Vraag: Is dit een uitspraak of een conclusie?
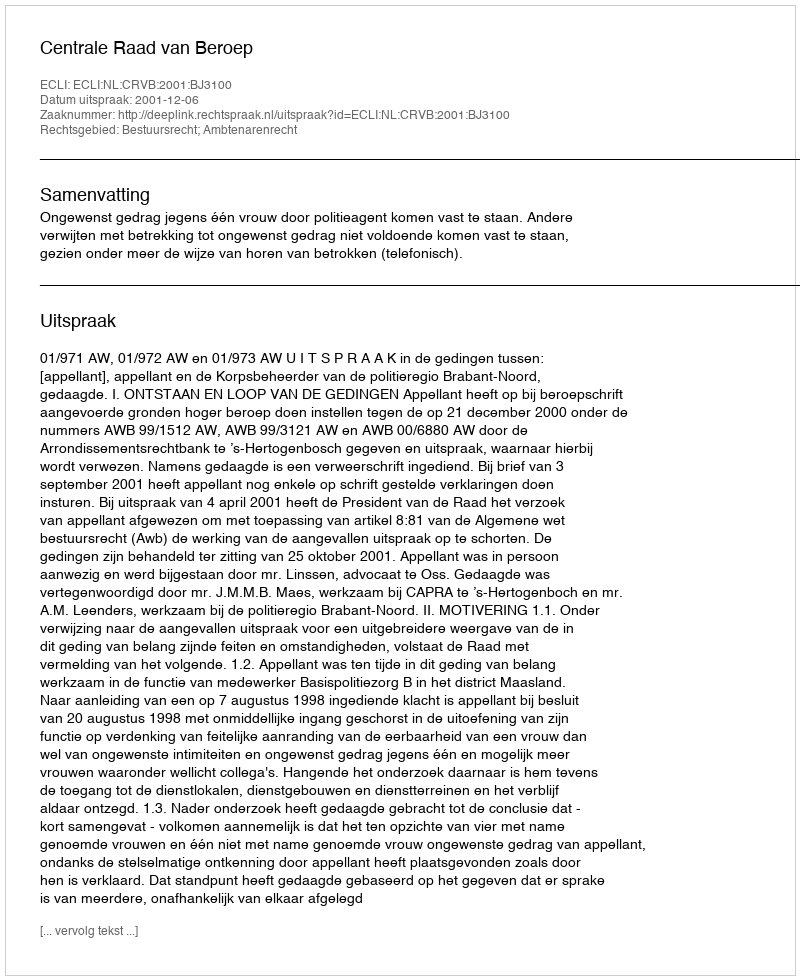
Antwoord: Uitspraak